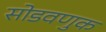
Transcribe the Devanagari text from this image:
सोडवणुक